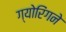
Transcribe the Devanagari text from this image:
ग्योरिंगने